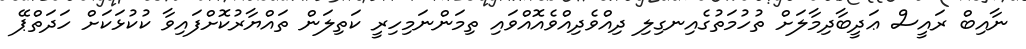
ނާއިބް ރައީސް ޢަދީބާދިމާލަށް ތުހުމަތުގެއިނގިލި ދިއްވެދިއްވެއޮއްވައި ތިމަންނަމިހިރީ ކަތިލަން ތައްޔާރުކޮށްފައިވާ ކުކުޅަކަށް ހަދަތްޕޭ